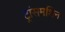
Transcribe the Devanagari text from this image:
ट्रांसमशिन